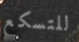
للتسكع